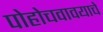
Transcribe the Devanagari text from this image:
पोहोचवावयाचे